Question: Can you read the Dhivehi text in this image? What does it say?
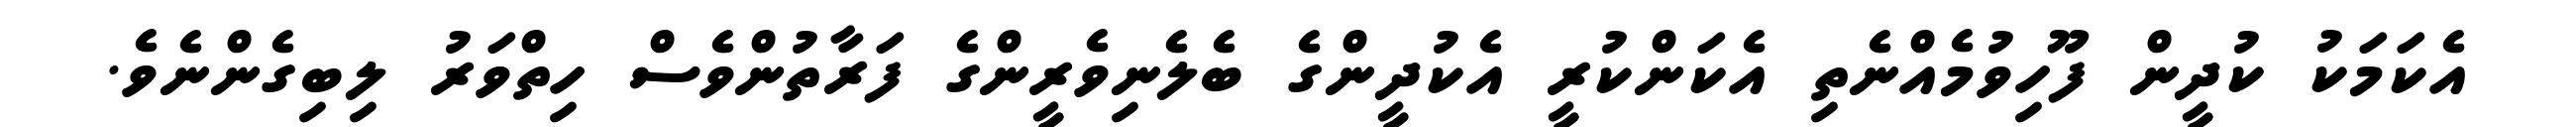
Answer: އެކަމަކު ކުދީން ފޫހިވުމެއްނެތި އެކަންކުރީ އެކުދީންގެ ބެލެނިވެރީންގެ ފަރާތުންވެސް ހިތްވަރު ލިބިގެންނެވެ.